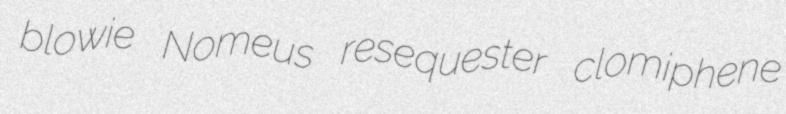
blowie Nomeus resequester clomiphene